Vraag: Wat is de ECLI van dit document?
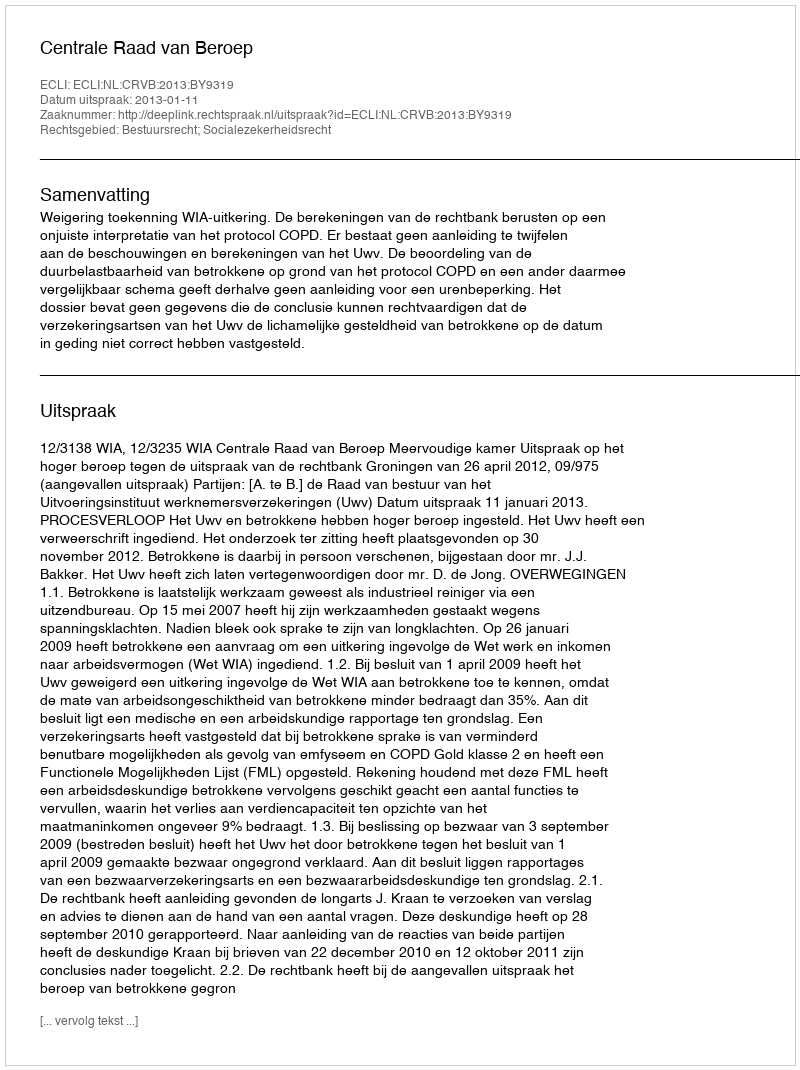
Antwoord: ECLI:NL:CRVB:2013:BY9319